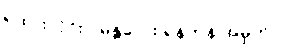
ရထားလိုင်း - မန္တလေး-ရန်ကုန် အမှတ် ၁၀